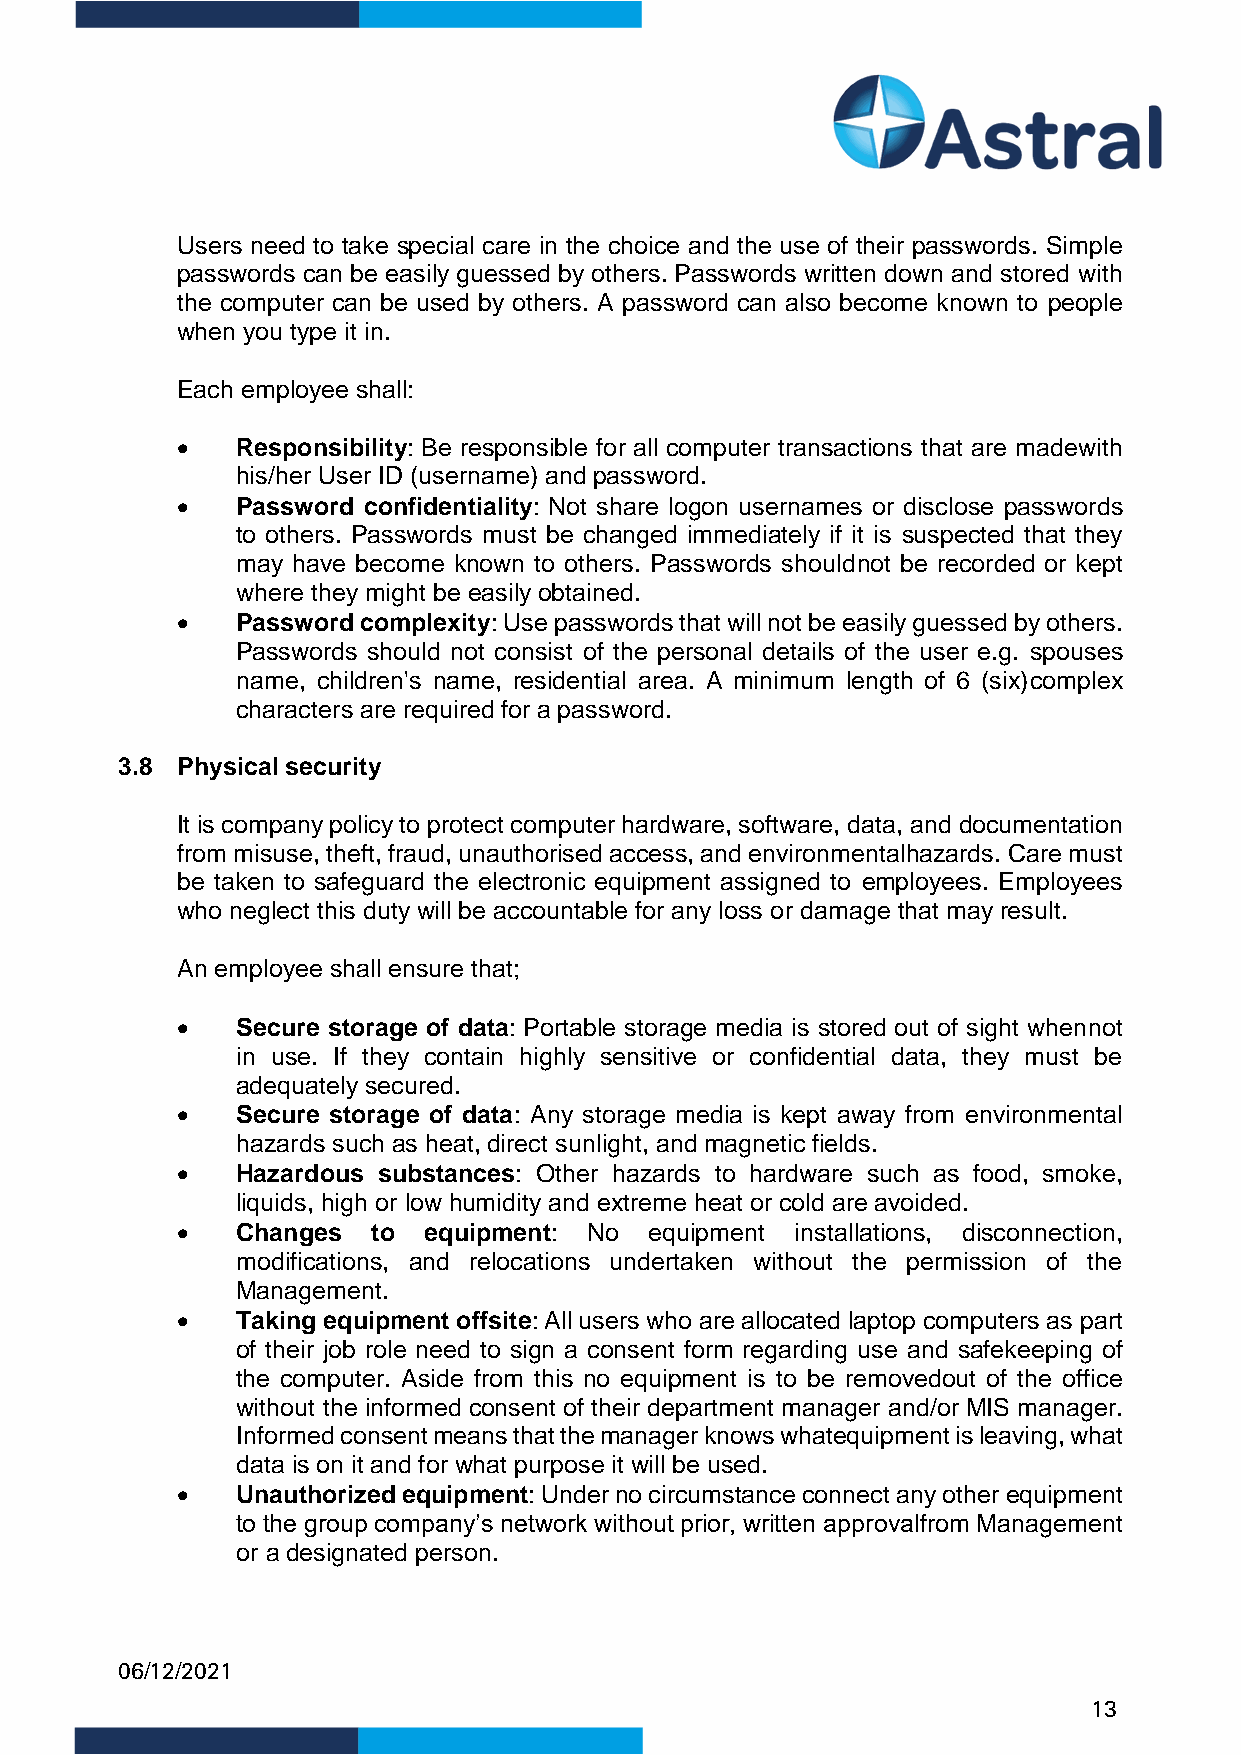
Users need to take special care in the choice and the use of their passwords. Simple
 passwords can be easily guessed by others. Passwords written down and stored with
 the computer can be used by others. A password can also become known to people
 when you type it in.
 Each employee shall:
 •   Responsibility: Be responsible for all computer transactions that are made with
 his/her User ID (username) and password.
 •   Password confidentiality: Not share logon usernames or disclose passwords
 to others. Passwords must be changed immediately if it is suspected that they
 may have become known to others. Passwords should not be recorded or kept
 where they might be easily obtained.
 •   Password complexity: Use passwords that will not be easily guessed by others.
 Passwords should not consist of the personal details of the user e.g. spouses
 name, children's name, residential area. A minimum length of 6 (six) complex
 characters are required for a password.
 3.8 Physical security
 It is company policy to protect computer hardware, software, data, and documentation
 from misuse, theft, fraud, unauthorised access, and environmental hazards. Care must
 be taken to safeguard the electronic equipment assigned to employees. Employees
 who neglect this duty will be accountable for any loss or damage that may result.
 An employee shall ensure that;
 •   Secure storage of data: Portable storage media is stored out of sight when not
 in use. If they contain highly sensitive or confidential data, they must be
 adequately secured.
 •   Secure storage of data: Any storage media is kept away from environmental
 hazards such as heat, direct sunlight, and magnetic fields.
 •   Hazardous substances: Other hazards to hardware such as food, smoke,
 liquids, high or low humidity and extreme heat or cold are avoided.
 •   Changes  to equipment: No  equipment installations, disconnection,
 modifications, and relocations undertaken without the permission of the
 Management.
 •   Taking equipment offsite: All users who are allocated laptop computers as part
 of their job role need to sign a consent form regarding use and safekeeping of
 the computer. Aside from this no equipment is to be removed out of the office
 without the informed consent of their department manager and/or MIS manager.
 Informed consent means that the manager knows what equipment is leaving, what
 data is on it and for what purpose it will be used.
 •   Unauthorized equipment: Under no circumstance connect any other equipment
 to the group company’s network without prior, written approval from Management
 or a designated person.
 06/12/2021
 13